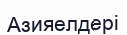
Азияелдері